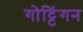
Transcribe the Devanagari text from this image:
गोट्टिंगन